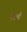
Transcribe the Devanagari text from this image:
सेटची